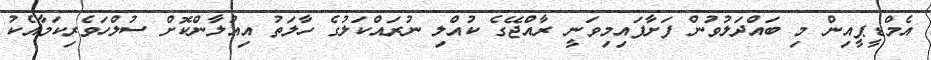
އެމްޑީޕީއިން މި ބައްދަލުވުން ފަށާފައިމިވަނީ ރާއްޖޭގެ ކުއްލި ނުރައްކަލުގެ ހާލަތު އިއުލާންކޮށް ސުލްހަވެރިކަމާއެކު